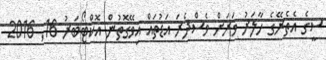
ސީގެ އެތެރޭގެ ހާލަރު ވަރަށް ވެސްދެރަ އަޑުތައް އިވޭގޮތުން އޮކްޓޯބަރު 16